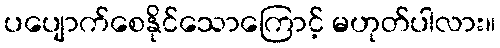
ပပျောက်စေနိုင်သောကြောင့် မဟုတ်ပါလား။